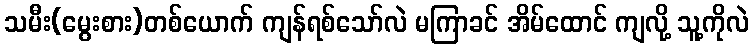
သမီး(မွေးစား)တစ်ယောက် ကျန်ရစ်သော်လဲ မကြာခင် အိမ်ထောင် ကျလို့ သူ့ကိုလဲ